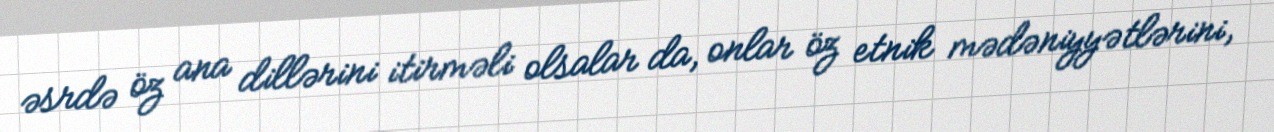
əsrdə öz ana dillərini itirməli olsalar da, onlar öz etnik mədəniyyətlərini,